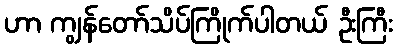
ဟာ ကျွန်တော်သိပ်ကြိုက်ပါတယ် ဦးကြီး